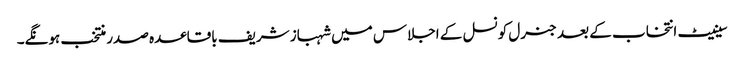
سینیٹ انتخاب کے بعد جنرل کونسل کے اجلاس میں شہباز شریف باقاعدہ صدر منتخب ہونگے۔